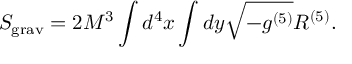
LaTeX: S _ { \mathrm { g r a v } } = 2 M ^ { 3 } \int d ^ { 4 } x \int d y \sqrt { - g ^ { ( 5 ) } } R ^ { ( 5 ) } .